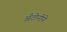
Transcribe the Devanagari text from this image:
अँटोनीने